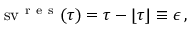
\operatorname { s v } ^ { \mathrm { ~ r ~ e ~ s ~ } } ( \tau ) = \tau - \lfloor \tau \rfloor \equiv \epsilon \, ,